Civil Veterinary Dept. Assam report 1911-1927 - 1911-1927
Year: 1911
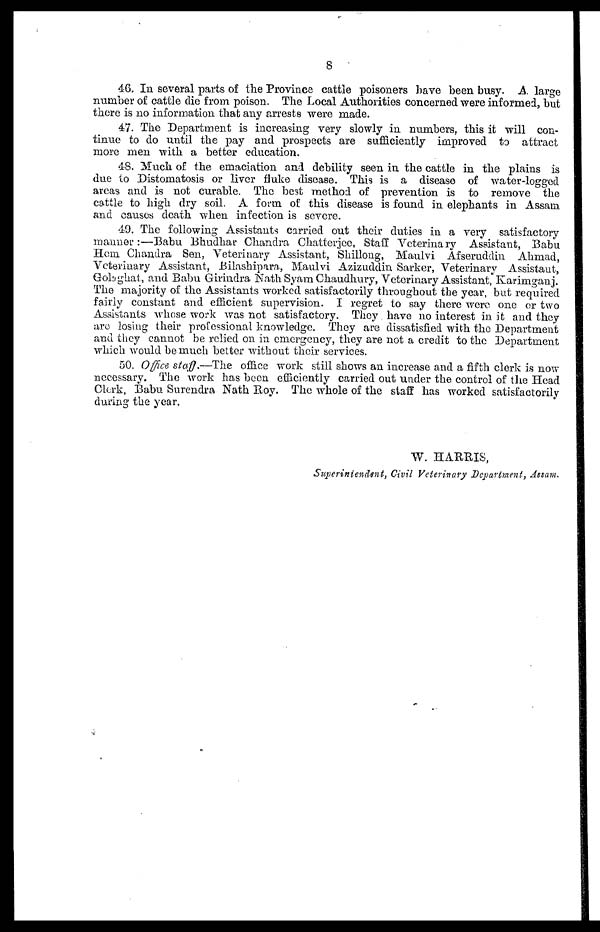
8
46. In several parts of the Province cattle poisoners have been busy. A. large
number of cattle die from poison. The Local Authorities concerned were informed, hut
there is no information that any arrests were made.
47. The Department is increasing very slowly in numbers, this it will con-
tinue to do until the pay and prospects are sufficiently improved to attract
more men with a better education.
48. Much of the emaciation and debility seen in the cattle in the plains is
due to Distomatosis or liver fluke disease. This is a disease of water-logged
areas and is not curable. The best method of prevention is to remove the
cattle to high dry soil, A form of this disease is found in elephants in Assam
and causes death when infection is severe.
49. The following Assistants carried out their duties in a very satisfactory
manner:—Babu Bhudhar Chandra Chatterjee, Staff Veterinary Assistant, Babli
Hem Chandra Sen, Veterinary Assistant, Shillong, Maulvi Afseruddin Ahmad,
Veterinary Assistant, Bilashipara, Maulvi Azizuddin Sarker, Veterinary Assistant,
Gob ghat, and Babu Girindra Nath Syam Chaudhury, Veterinary Assistant, Karimganj.
The majority of the Assistants worked satisfactorily throughout the year, but required
fairly constant and efficient supervision. I regret to say there were one or two
Assistants whose work was not satisfactory. They have no interest in it and they
are losing their professional knowledge. They are dissatisfied with the Department
and they cannot be relied on in emergency, they are not a credit to the Department
which would be much better without their services.
50. Office staff.—The office work still shows an increase and a fifth clerk is now
necessary. The work has been efficiently carried out under the control of the Head
Clerk, Babu Surendra Nath Boy. The whole of the staff has worked satisfactorily
during the year.
W. HARRIS,
Superintendent, Civil Veterinary Department, Assam.